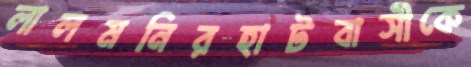
লালমনিরহাটবাসীকে